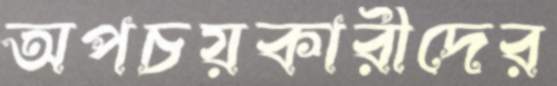
অপচয়কারীদের